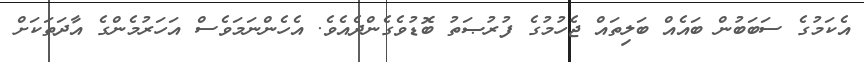
އެކަމުގެ ސަބަބުން ބައެއް ބަލިތައް ޖެހުމުގެ ފުރުޞަތު ބޮޑުވެގެންދެއެވެ. އެހެންނަމަވެސް އަހަރުމެންގެ އާދަތަކަށް